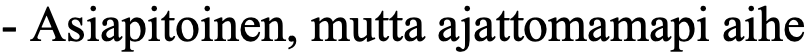
- Asiapitoinen, mutta ajattomamapi aihe